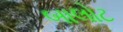
બાલોટ